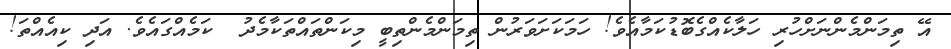
އޭ ތިމަންމެންނަށްހުރި ހަލާކެއްގެބޮޑުކަމާއެވެ! ހަމަކަށަވަރުން ތިމަންމެންތިބީ މިކަންތައްތަކާމެދު  ކަމެއްގައެވެ. އަދި ކިއެއްތަ!